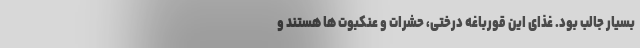
بسیار جالب بود. غذای این قورباغه درختی، حشرات و عنکبوت ها هستند و